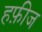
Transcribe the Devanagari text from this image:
हफ़ीज